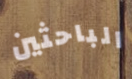
الباحثين